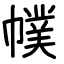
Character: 幞